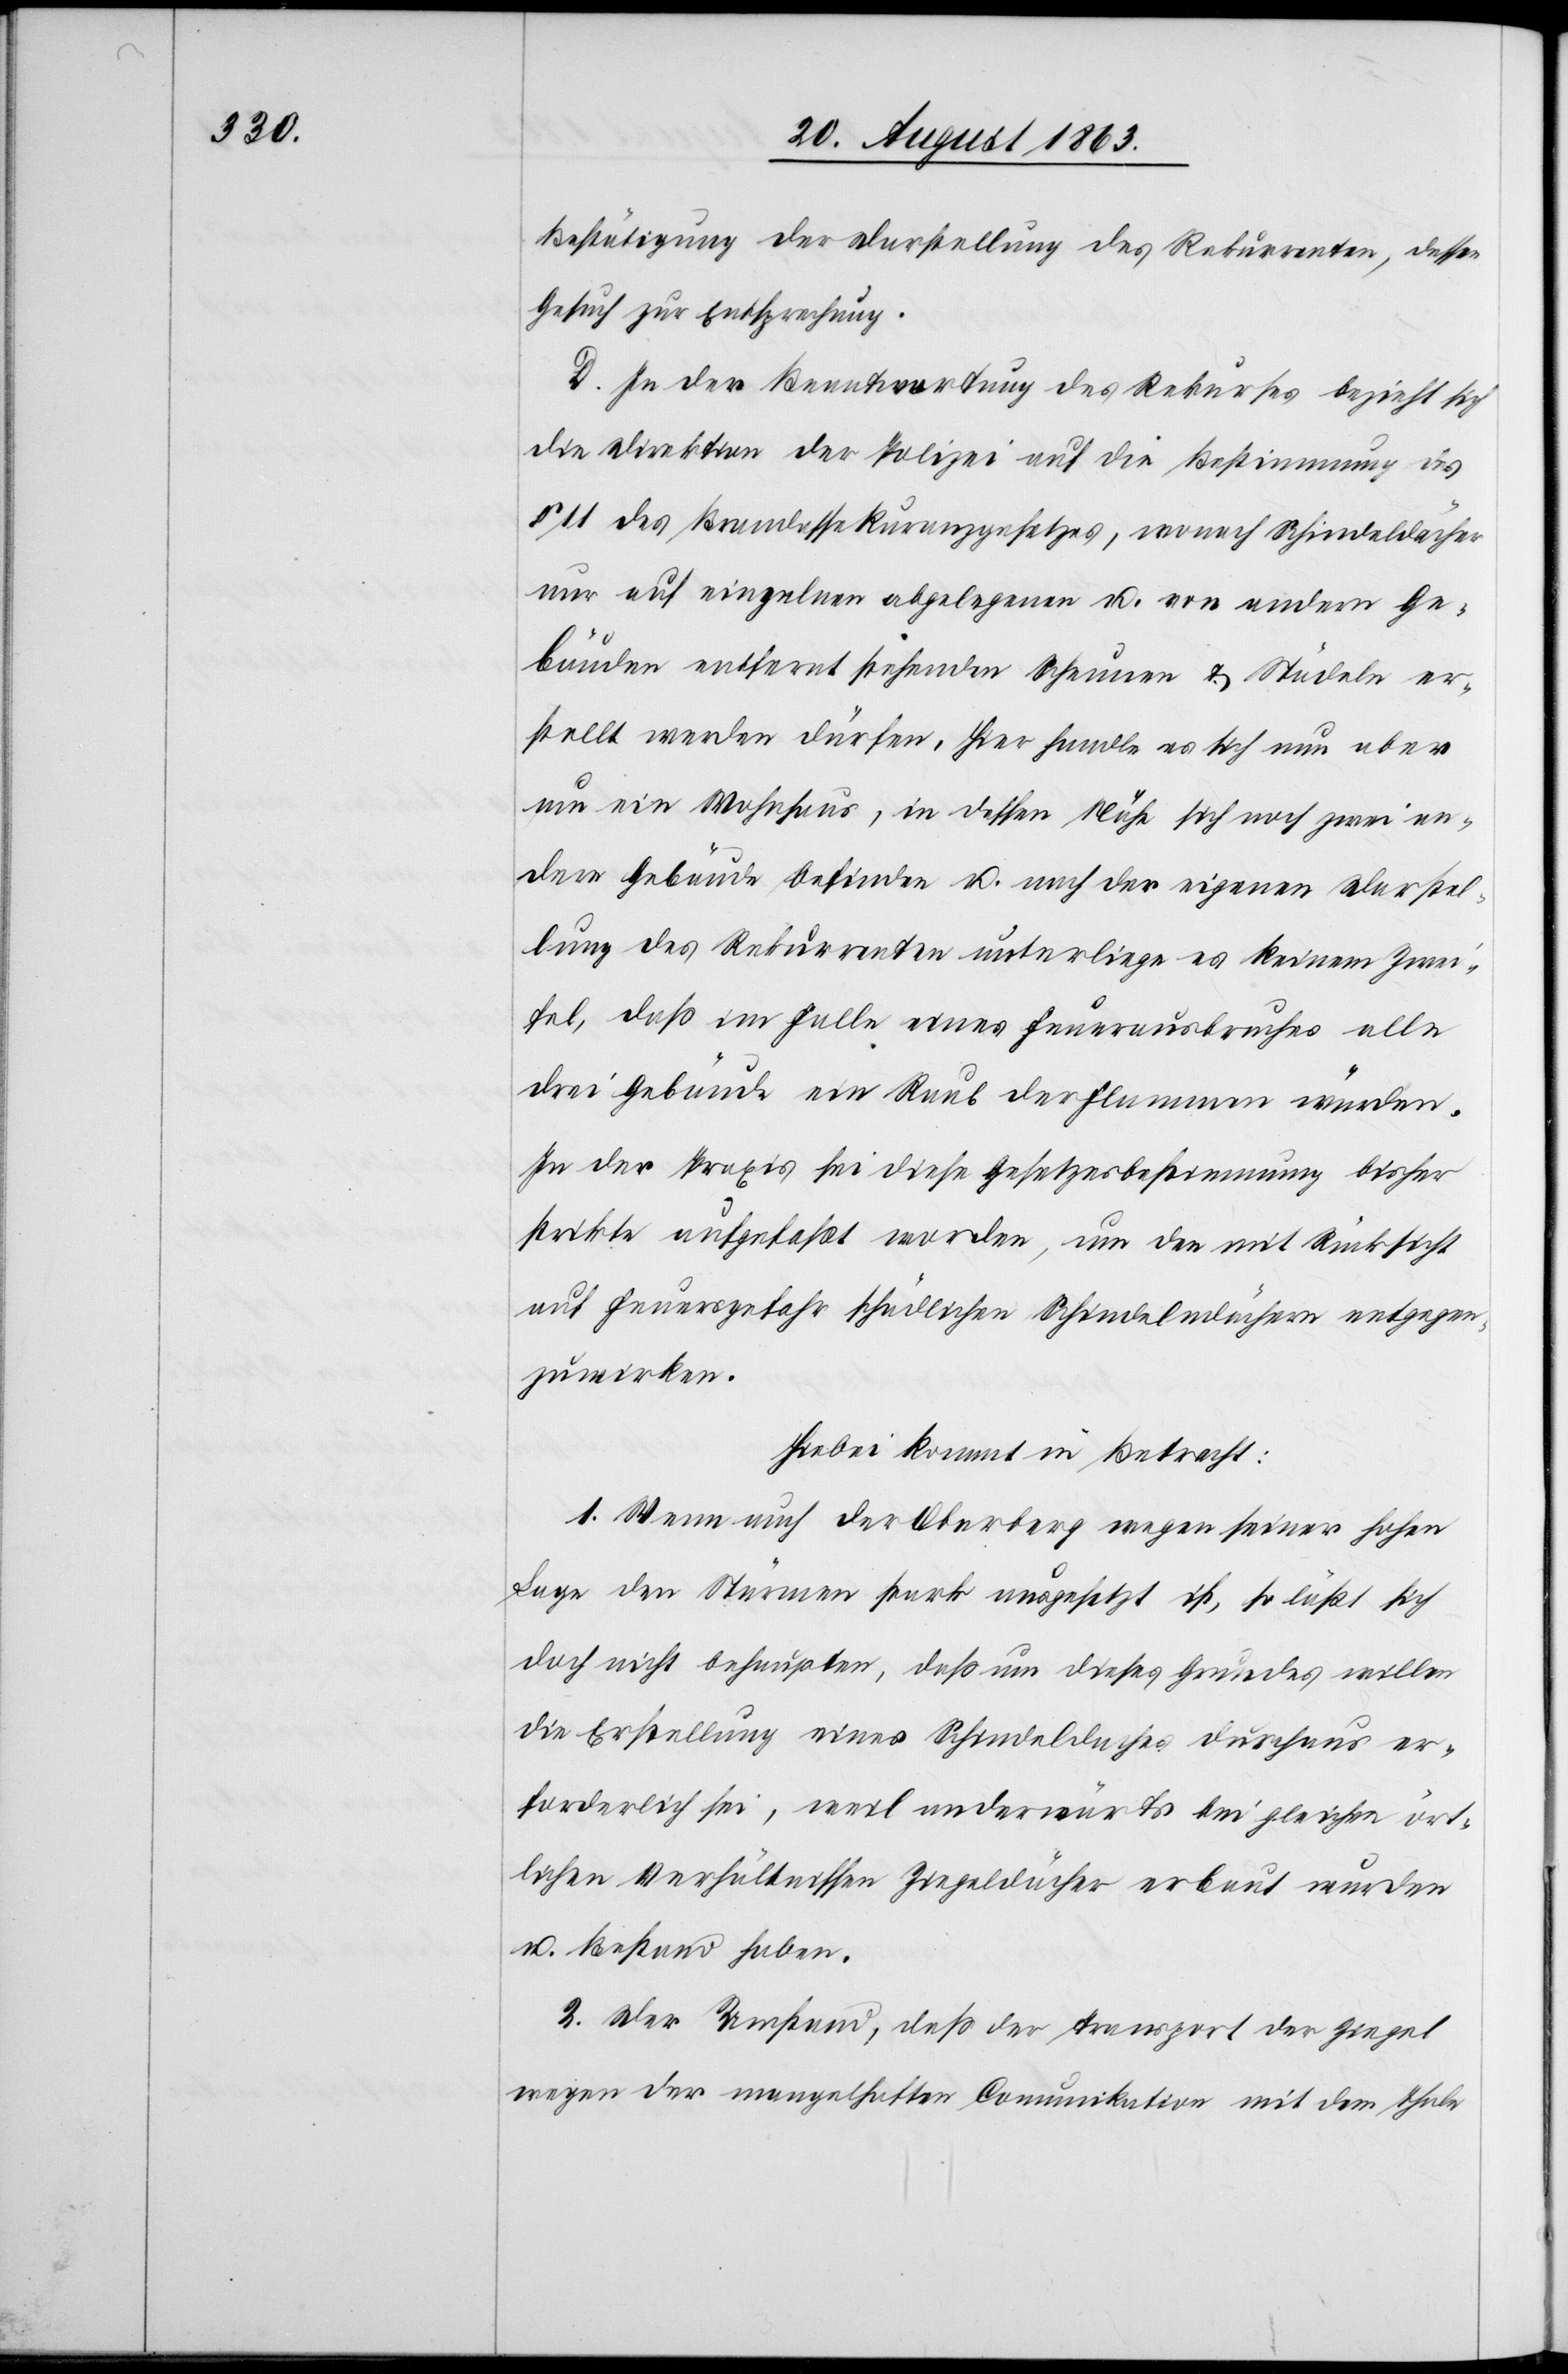
Bestätigung der Darstellung des Rekurrenten, dessen
Gesuch zur Entsprechung.
D. In der Beantwortung des Rekurses bezieht sich
die Direktion der Polizei auf die Bestimmung des
§ 11 des Brandassekuranzgesetzes, wonach Schindeldächer
nur auf einzelnen abgelegenen u. von andern Ge¬
bäuden entfernt stehenden Scheunen & Städeln er¬
stellt werden dürfen. Hier handle es sich nun aber
um ein Wohnhaus, in dessen Nähe sich noch zwei an¬
dere Gebäude befinden u. nach der eigenen Darstel¬
lung des Rekurrenten unterliege es keinem Zwei¬
fel, daß im Falle eines Feuerausbruches alle
drei Gebäude ein Raub der Flammen würden.
In der Praxis sei diese Gesetzesbestimmung bisher
strikte aufgefaßt worden, um den mit Rücksicht
auf Feuersgefahr schädlichen Schindelndächern entgegen¬
zuwirken.
Hiebei kommt in Betracht:
1. Wenn auch der Oberberg wegen seiner hohen
Lage den Stürmen stark ausgesetzt ist, so läßt sich
doch nicht behaupten, daß um dieses Grundes willen
die Erstellung eines Schindeldaches durchaus er¬
forderlich sei, weil anderwärts bei gleichen ört¬
lichen Verhältnissen Ziegeldächer erbaut wurden
u. Bestand haben.
2. Der Umstand, daß der Transport der Ziegel
wegen der mangelhaften Comunikation mit dem Thale